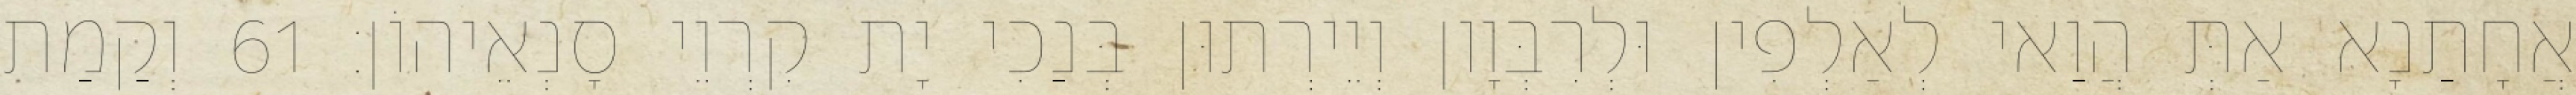
אֲחָתַנָא אַתְּ הֲוַאי לְאַלְפִין וּלְרִבְּוָון וְיֵירְתוּן בְּנַכִי יָת קִרְוֵי סָנְאֵיהוֹן׃ 61 וְקַמַת